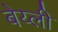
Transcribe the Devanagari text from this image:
बेय्ली